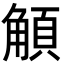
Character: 𩓅